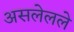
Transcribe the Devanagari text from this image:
असलेलले